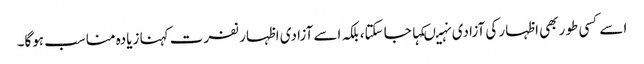
اسے کسی طور بھی اظہار کی آزادی نہیںکہا جا سکتا،بلکہ اسے آزادی اظہار نفرت کہنا زیادہ مناسب ہوگا۔